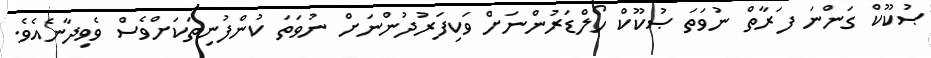
ޞުކޫކް ގަންނަ ފަރާތް ނުވަތަ ޞުކޫކް ހޯލްޑަރުންނަށް ވަކިފަރުދުންނަށް ނުވަތަ ކުންފުނިތަކަށްވެސް ވެވިދާނެއެވެ.